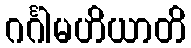
ဂင်္ဂါမဟိယာတိ